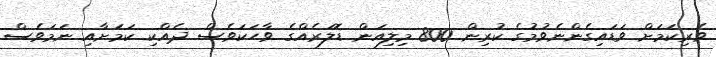
ވެރިކަމަށް ވަޑައިގެންނެވުމުގެ ކުރިން 800 މިލިއަން ޑޮލަރެއްގެ ވާހަކަވެސް ދެއްކި ކަމަށާއި ނަމަވެސް